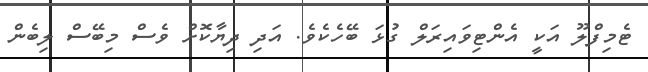
ޓެމިފްލޫ އަކީ އެންޓިވައިރަލް ގުޅަ ބޭހެކެވެ. އަދި ދިޔާކޮށް ވެސް މިބޭސް ލިބެން